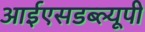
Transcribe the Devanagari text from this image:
आईएसडब्ल्यूपी